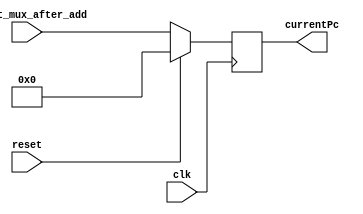
module Pc(clk, reset, result_mux_after_add, currentPc);
    parameter delay =10;
    parameter dataWidth=64;
    input [dataWidth-1:0] result_mux_after_add;
    input clk, reset;
    output reg [dataWidth-1:0] currentPc;
    initial
    begin
        currentPc = 0 ;

    end
    always @(posedge clk)
        begin
            if (reset)
                currentPc = 64'b0 ;
            else
                currentPc = result_mux_after_add;
        end

endmodule